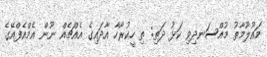
މައުލޫމާތު މުއްސަނދިވި ކަޅު ދަތި: ތި ހީކުރާހާ އާދައިގެ އެއްޗެއް ނޫން އެމްއެފްއޭގެ